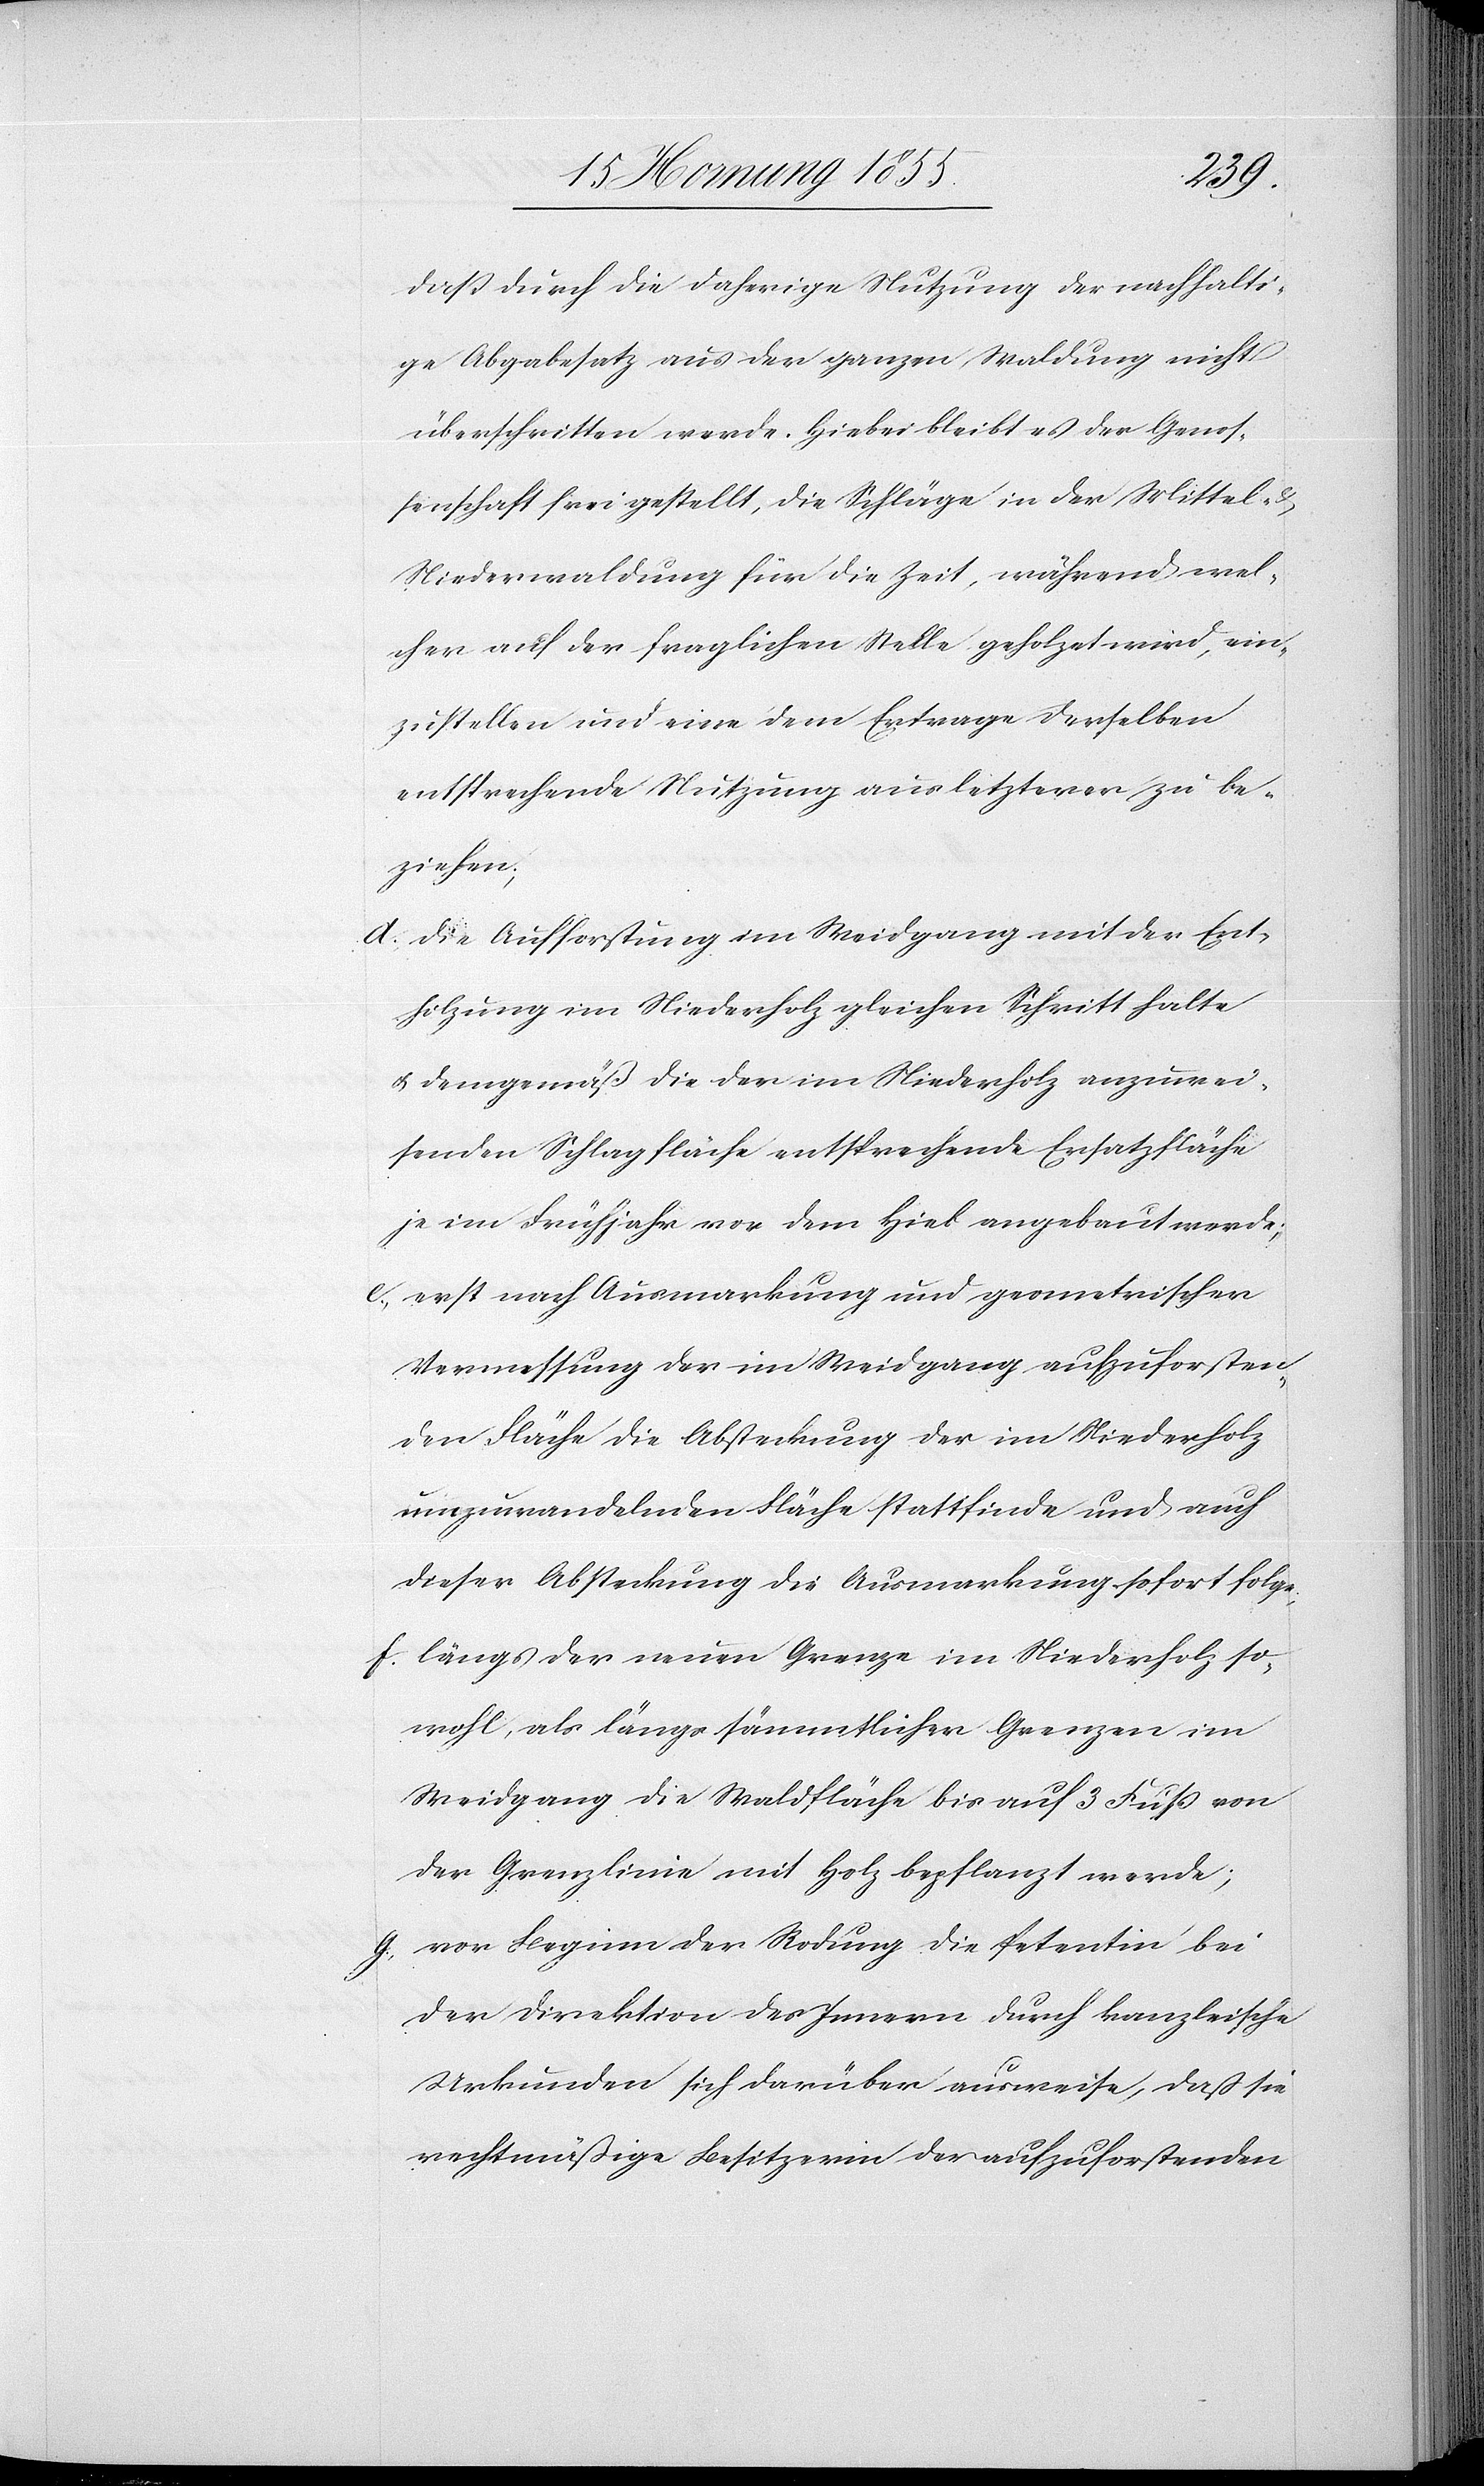
daß durch die daherige Nutzung der nachhalti¬
ge Abgabesatz aus der ganzen Waldung nicht
überschritten werde. Hiebei bleibt es der Genos¬
senschaft frei gestellt, die Schläge in der Mittel- &
Niederwaldung für die Zeit, während wel¬
cher auf der fraglichen Stelle geholzet wird, ein¬
zustellen und eine dem Ertrage derselben
entsprechende Nutzung aus letzterer zu be¬
ziehen;
die Aufforstung im Weidgang mit der Ent¬
holzung im Niederholz gleichen Schritt halte
& demgemäß die der im Niederholz anzuwei¬
senden Schlagfläche entsprechende Ersatzfläche
je im Frühjahr vor dem Hieb angebaut werde;
erst nach Ausmarkung und geometrischer
Vermessung der im Weidgang aufzuforsten¬
den Fläche die Absteckung der im Niederholz
umzuwandelnden Fläche stattfinde und auch
dieser Absteckung die Ausmarkung sofort folge;
längs der neuen Grenze im Niederholz so¬
wohl, als längs sämmtlicher Grenzen im
Weidgang die Waldfläche bis auf 3 Fuß von
der Grenzlinie mit Holz bepflanzt werde;
vor Beginn der Rodung die Petentin bei
der Direktion des Innern durch kanzlei[i]sche
Urkunden sich darüber ausweise, daß sie
rechtmäßige Besitzerin der aufzuforstenden